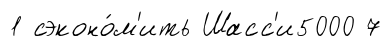
1 сэконо́м'ить Шасс'и5000 7